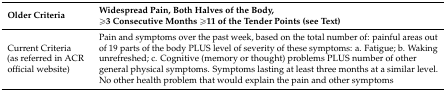
<table><thead><tr><td><b>Older Criteria</b></td><td><b>Widespread Pain, Both Halves of the Body, ≥3 Consecutive Months ≥11 of the Tender Points (see Text)</b></td></tr></thead><tbody><tr><td>Current Criteria (as referred in ACR official website)</td><td>Pain and symptoms over the past week, based on the total number of: painful areas out of 19 parts of the body PLUS level of severity of these symptoms: a. Fatigue; b. Waking unrefreshed; c. Cognitive (memory or thought) problems PLUS number of other general physical symptoms. Symptoms lasting at least three months at a similar level. No other health problem that would explain the pain and other symptoms</td></tr></tbody></table>